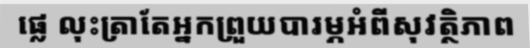
ផ្លេ លុះត្រាតែអ្នកព្រួយបារម្ភអំពីសុវត្ថិភាព